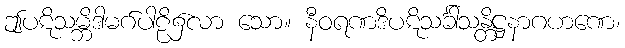
ဤပဋိသမ္ဘိဒါမဂ်ပါဠိ၌လာ သော။ နီဝရဏဒိပဋိသင်္ခါသန္တိဋ္ဌနာဂဟဏေ၊